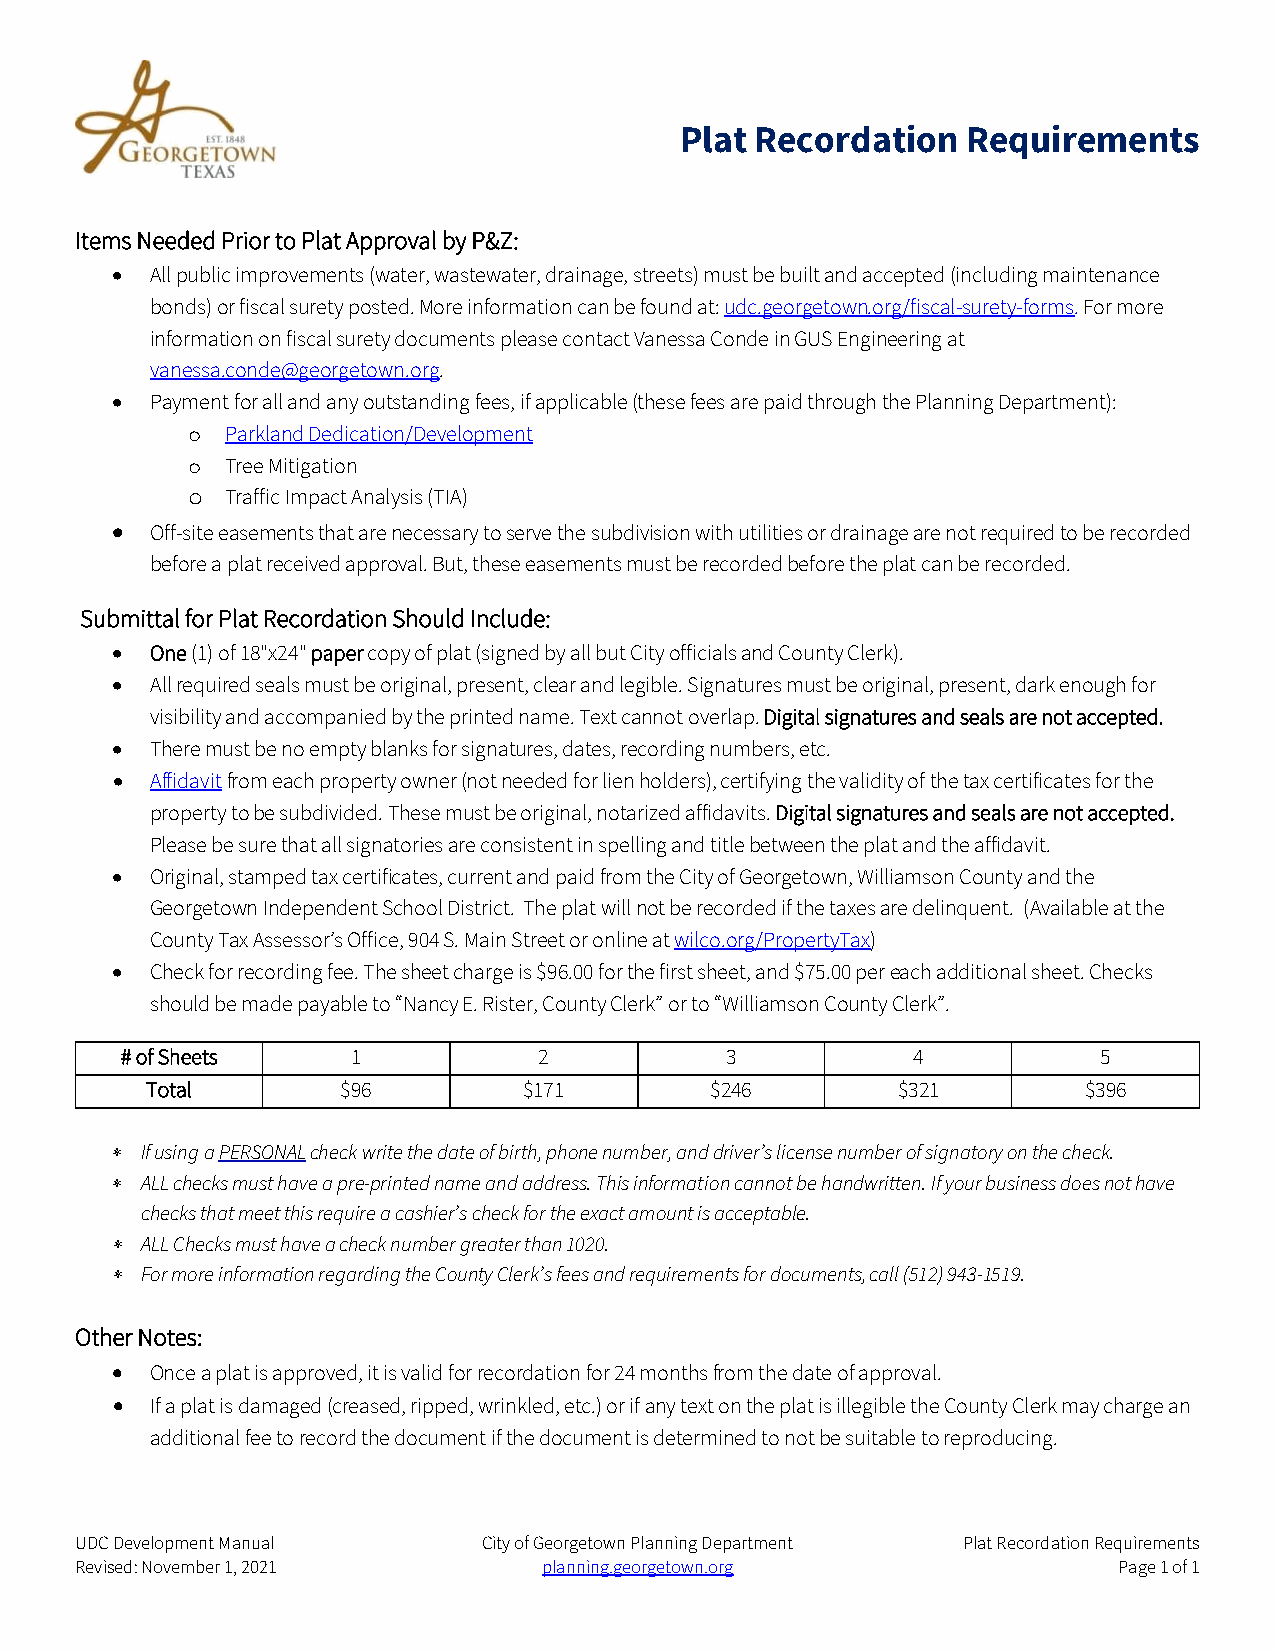
Plat Recordation   Requirements
 Items Needed Prior to Plat Approval by P&Z:
 •  All public improvements (water, wastewater, drainage, streets) must be built and accepted (including maintenance
 bonds) or fiscal surety posted. More information can be found at: udc.georgetown.org/fiscal-surety-forms. For more
 information on fiscal surety documents please contact Vanessa Conde in GUS Engineering at
 vanessa.conde@georgetown.org.
 •  Payment for all and any outstanding fees, if applicable (these fees are paid through the Planning Department):
 Parkland Dedication/Development
 o
 Tree Mitigation
 o
 Traffic Impact Analysis (TIA)
 o
 •  Off-site easements that are necessary to serve the subdivision with utilities or drainage are not required to be recorded
 before a plat received approval. But, these easements must be recorded before the plat can be recorded.
 Submittal for Plat Recordation Should Include:
 •  One (1) of 18"x24" paper copy of plat (signed by all but City officials and County Clerk).
 •  All required seals must be original, present, clear and legible. Signatures must be original, present, dark enough for
 visibility and accompanied by the printed name. Text cannot overlap. Digital signatures and seals are not accepted.
 •  There must be no empty blanks for signatures, dates, recording numbers, etc.
 •  Affidavit from each property owner (not needed for lien holders), certifying the validity of the tax certificates for the
 property to be subdivided. These must be original, notarized affidavits. Digital signatures and seals are not accepted.
 Please be sure that all signatories are consistent in spelling and title between the plat and the affidavit.
 •  Original, stamped tax certificates, current and paid from the City of Georgetown, Williamson County and the
 Georgetown Independent School District. The plat will not be recorded if the taxes are delinquent. (Available at the
 County Tax Assessor’s Office, 904 S. Main Street or online at wilco.org/PropertyTax)
 •  Check for recording fee. The sheet charge is $96.00 for the first sheet, and $75.00 per each additional sheet. Checks
 should be made payable to “Nancy E. Rister, County Clerk” or to “Williamson County Clerk”.
 # of Sheets    1            2           3           4            5
 Total        $96         $171        $246        $321         $396
 ∗ If using a PERSONAL check write the date of birth, phone number, and driver’s license number of signatory on the check.
 ∗ ALL checks must have a pre-printed name and address. This information cannot be handwritten. If your business does not have
 checks that meet this require a cashier’s check for the exact amount is acceptable.
 ∗ ALL Checks must have a check number greater than 1020.
 ∗ For more information regarding the County Clerk’s fees and requirements for documents, call (512) 943-1519.
 Other Notes:
 •  Once a plat is approved, it is valid for recordation for 24 months from the date of approval.
 •  If a plat is damaged (creased, ripped, wrinkled, etc.) or if any text on the plat is illegible the County Clerk may charge an
 additional fee to record the document if the document is determined to not be suitable to reproducing.
 UDC Development Manual     City of Georgetown Planning Department Plat Recordation Requirements
 Revised: November 1, 2021      planning.georgetown.org               Page 1 of 1